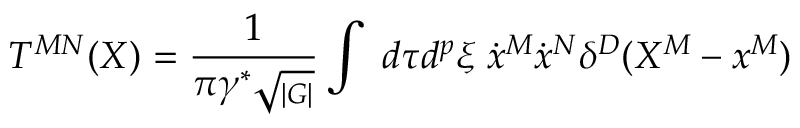
T ^ { M N } ( X ) = { \frac { 1 } { \pi \gamma ^ { \ast } \sqrt { _ { | G | } } } } \int ~ d \tau d ^ { p } \xi \; \dot { x } ^ { M } \dot { x } ^ { N } \delta ^ { D } ( X ^ { M } - x ^ { M } )